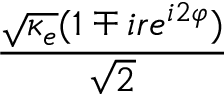
\frac { \sqrt { \kappa _ { e } } ( 1 \mp i r e ^ { i 2 \varphi } ) } { \sqrt { 2 } }